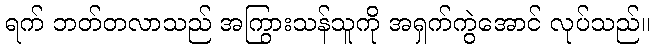
ရက် ဘတ်တလာသည် အကြွားသန်သူကို အရှက်ကွဲအောင် လုပ်သည်။